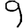
Digit: 9